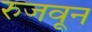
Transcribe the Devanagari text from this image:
रुजवून